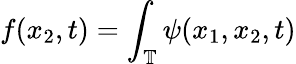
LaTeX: f(x_{2},t)=\int_{\mathbb{T}}\psi(x_{1},x_{2},t)